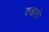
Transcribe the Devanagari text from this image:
नजारो